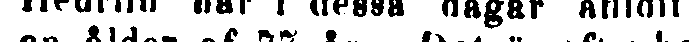
Heurlin har i dessa dagar aflidit i